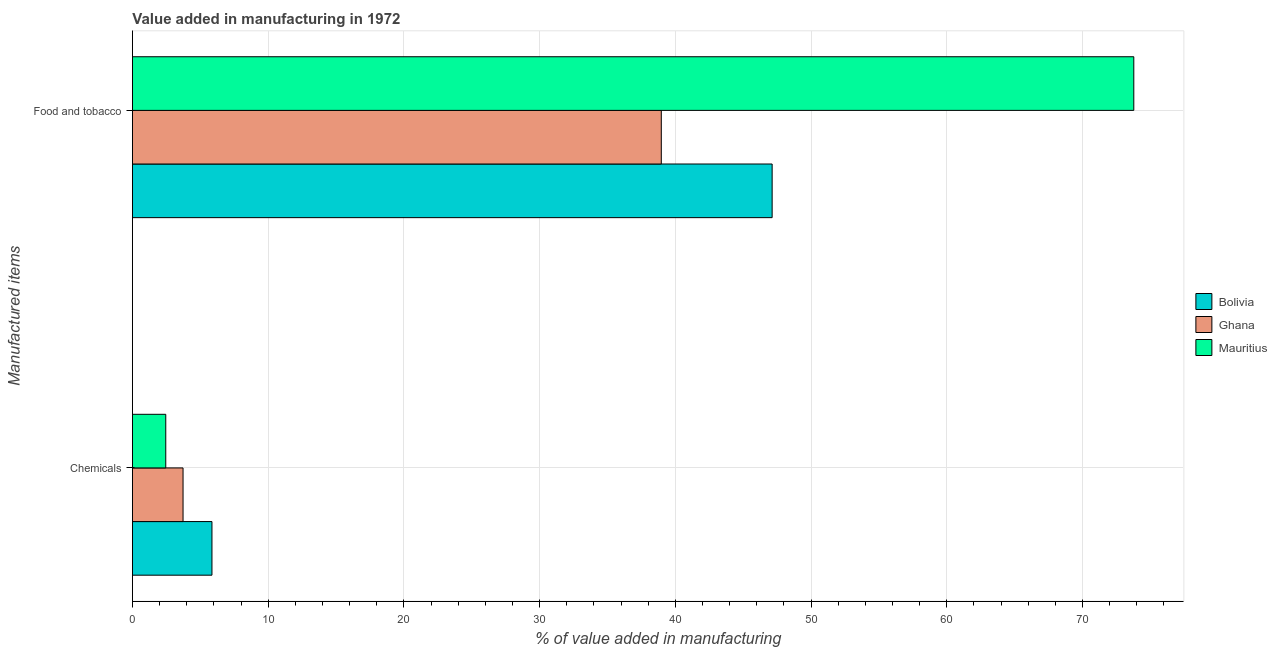
| Manufactured items | Bolivia | Ghana | Mauritius |
 | --- | --- | --- | --- |
 | Chemicals | 5.86 | 3.73 | 2.46 |
 | Food and tobacco | 47.1 | 39 | 73.8 |